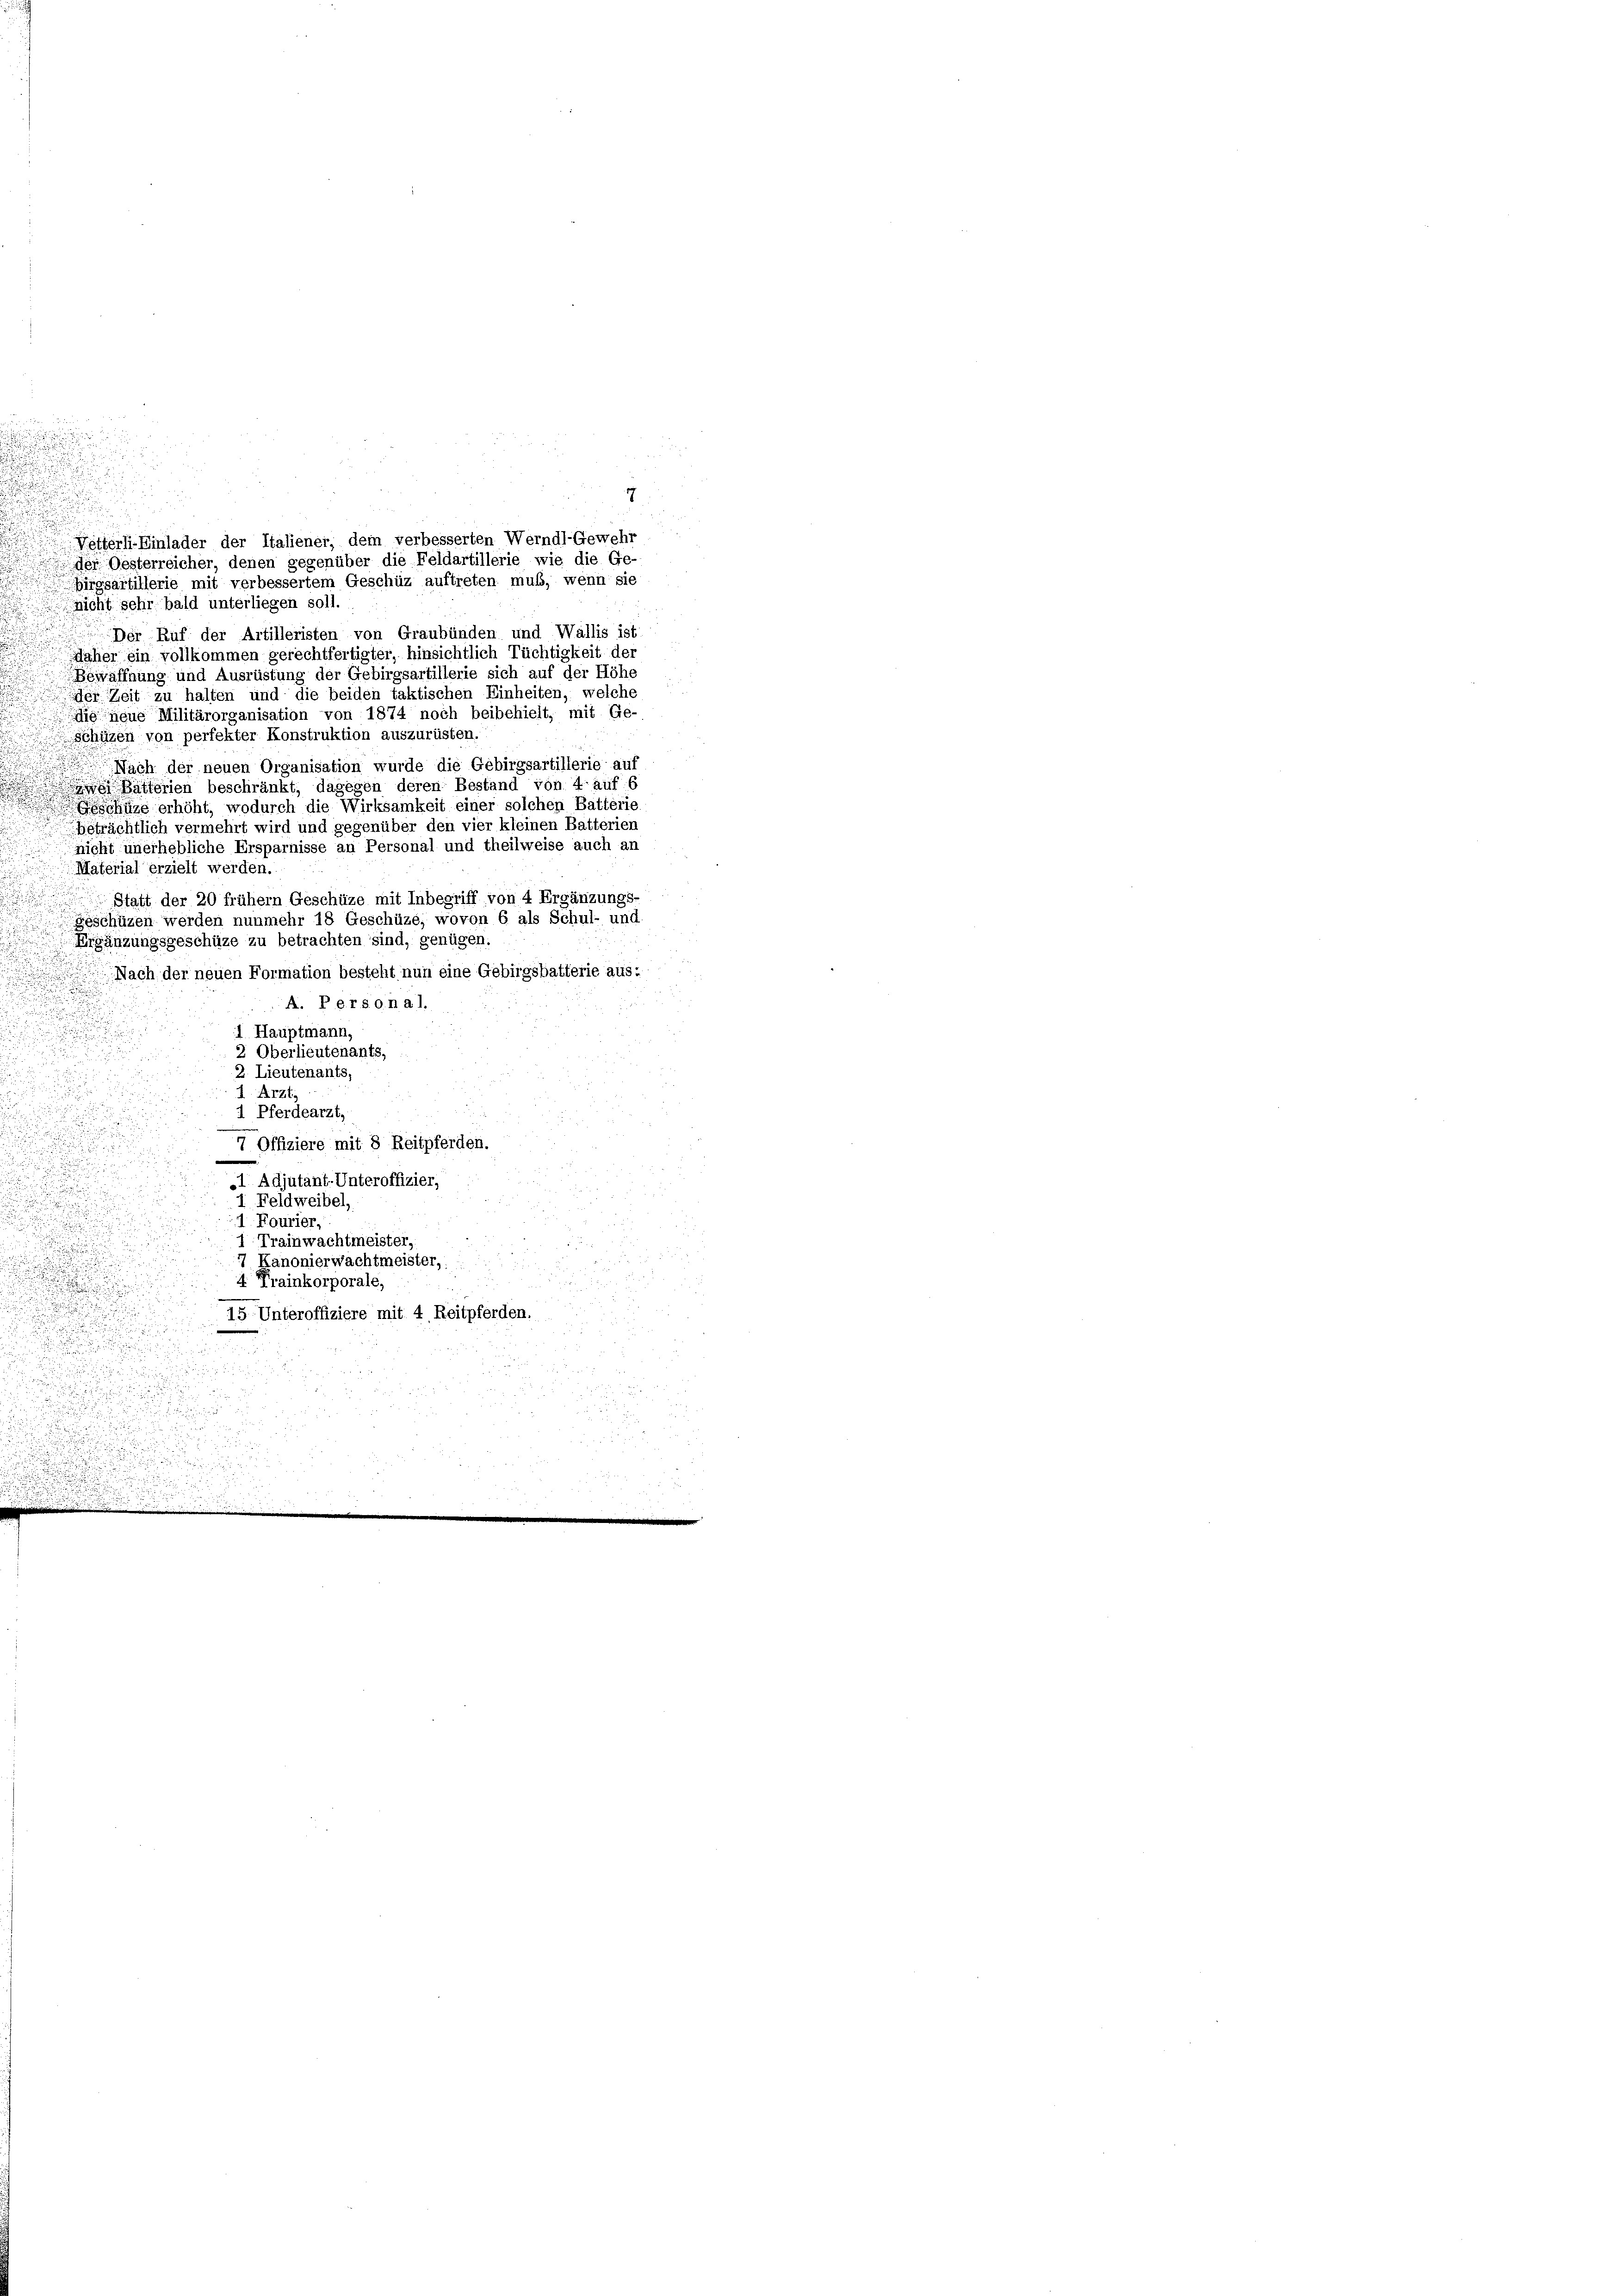
7
Richt sehr bald unterliegen soll.
Der Ruf der Artilleristen von Graubünden und Wallis ist:
daher ein vollkommen gerechtfertigter, hinsichtlich Tüchtigkeit der
Bewaffnung und Ausrüstung der Gebirgsartillerie sich auf der Höhe
der Zeit zu halten und die beiden taktischen Einheiten, welche
dig neue Militärorganisation von 1874 noch beibehielt, mit Ge-
Schüzen von perfekter Konstruktion auszurüsten.
Nach der neuen Organisation wurde die Gebirgsartillerie auf
.
Batterien beschränkt, dagegen deren Bestand von 4 auf C
hüge erhöht, wodurch die Wirksamkeit einer solchen Batterie
beträchtlich vermehrt wird und gegenüber den vier kleinen Batterien
nicht unerhebliche Ersparnisse an Personal und theilweise auch an
Material erzielt werden.
Statt der 20 frühem Geschüze mit Inbegriff von 4 Ergänzungs-
geschüzen werden nunmehr 18 Geschüze; wovon 6 als Schul- und
Ergänzungsgeschüze zu betrachten sind, genügen.
u
Nach der neuen Formation besteht nun eine Gebirgsbatterie aus:
.
A. Personal.
1 Hauptmann,
2 Oberlieutenants,
2. Lieutenants,
u
u
1. Arzt.
1 Pferdearzt,

i
d
7 Offiziere mit 8 Reitpferden
.
d

1 Adjutant-Unteroffizier,
d
Feldweibel,

.
1 Fourier,
1 Trainwachtmeister,

 Kanonierwachtmeister,
4. Frainkorporale,
15 Unteroffiziere mit 4 Reitpferden.

aus

.
n
2
.
n

.
.
dru
.
iciaritani
.

Netterli-Einlader der Italiener, dem verbesserten Werndl-Gewehr
des Gesterreicher, denen gegenüber die Feldartillerie wie die Ge-
birgsartillerie mit verbessertem Geschüz auftreten muß, wenn sie